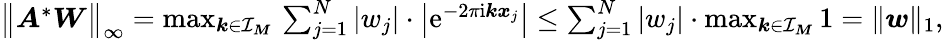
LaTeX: \begin{array}{r}{\big\| \boldsymbol A^{*}\boldsymbol W\big\| _{\infty}=\operatorname*{max}_{\boldsymbol k\in\mathcal I_{\boldsymbol M}}\, \sum_{j=1}^{N}|w_{j}|\cdot\big|\mathrm e^{-2\pi\mathrm i\boldsymbol k\boldsymbol x_{j}}\big|\leq\sum_{j=1}^{N}|w_{j}|\cdot\operatorname*{max}_{\boldsymbol k\in\mathcal I_{\boldsymbol M}}1=\| \boldsymbol w\| _{1},}\end{array}